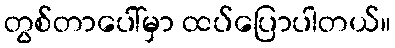
တွစ်တာပေါ်မှာ ထပ်ပြောပါတယ်။